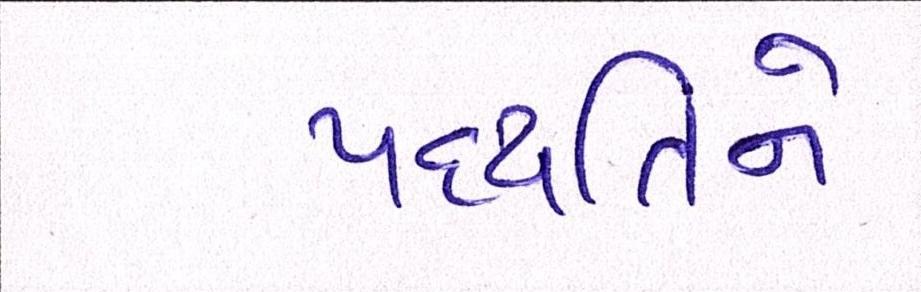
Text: પદ્ધતિને